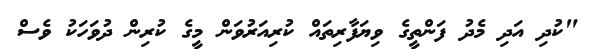
"ކުދި އަދި މެދު ފަންތީގެ ވިޔަފާރިތައް ކުރިއަރުވަން މީގެ ކުރިން ދުވަހަކު ވެސް